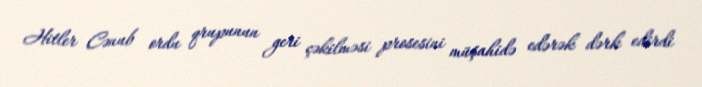
Hitler Cənub ordu qrupunun geri çəkilməsi prosesini müşahidə edərək dərk edirdi